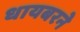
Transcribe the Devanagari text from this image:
धायबरने